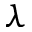
\lambda